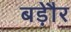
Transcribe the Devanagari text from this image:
बड़ेौर